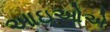
આઇઓએ